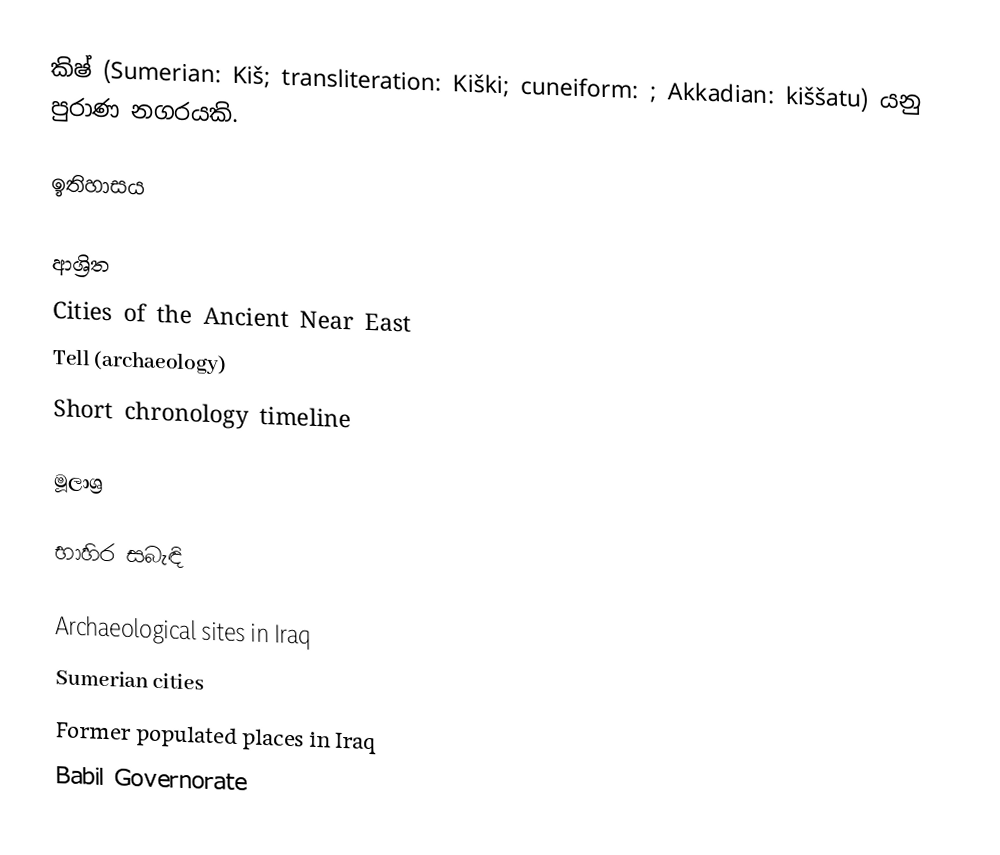
කිෂ් (Sumerian: Kiš; transliteration: Kiški; cuneiform: ; Akkadian: kiššatu) යනු පුරාණ නගරයකි.

ඉතිහාසය

ආශ්‍රිත
Cities of the Ancient Near East
 Tell (archaeology)
Short chronology timeline

මූලාශ්‍ර

භාහිර සබැඳි

Archaeological sites in Iraq
Sumerian cities
Former populated places in Iraq
Babil Governorate